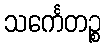
သင်္ကေတဉ္စ